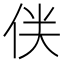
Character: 𠈫